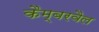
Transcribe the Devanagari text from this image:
कैम्बरवैल